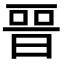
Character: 𣈆